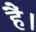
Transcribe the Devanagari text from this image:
हैं।